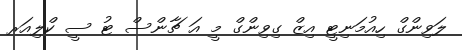
ލަވިންގް ހިއުމަނިޓީ އިޒް ގިވިންގް މީ އަ ޗާންސް ޓު ސީ ކްލިއަރ